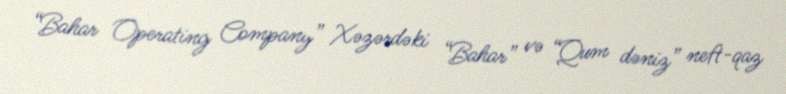
“Bahar Operating Company” Xəzərdəki “Bahar” və “Qum dəniz” neft-qaz